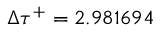
\Delta { \tau } ^ { + } = 2 . 9 8 1 6 9 4